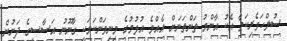
ސުލްހަވެރިކަމާ އެކު އާންމު ތަންތަނަށް އެއްވެ އުޅުމުގެ މިނިވަންކަމަކީ ގާނޫނު އަސާސީގެ ދަށުން